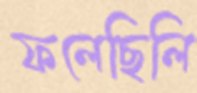
ফলেছিলি